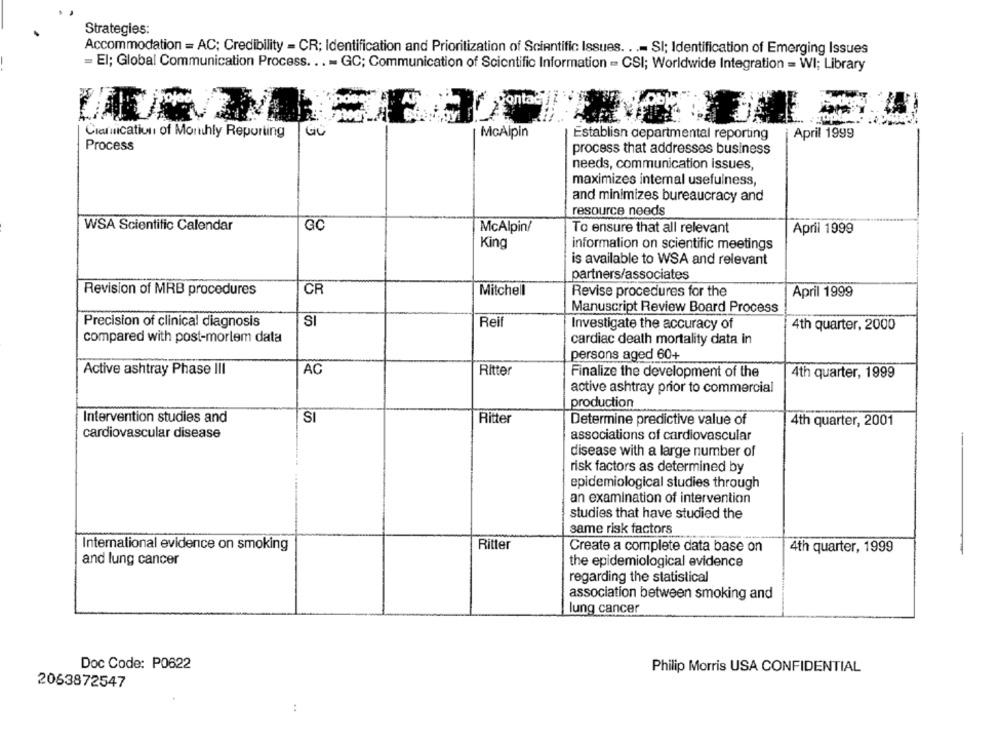
Strategies:
Accommodation = AC; Credibility = CR; Identification and Prioritization of Scientific Issues. ..- SI; Identification of Emerging Issues
= El; Global Communication Process ... - GC; Communication of Scientific Information - CSI; Worldwide Integration = WI; Library
ontac
Crafication of Monthly Reporting
GO
McAlpin
Establish departmental reporting
April 1999
Process
process that addresses business
needs, communication issues,
maximizes internal usefulness,
and minimizes bureaucracy and
resource needs
WSA Scientific Calendar
GC
McAlpin/
To ensure that all relevant
April 1999
King
information on scientific meetings
is available to WSA and relevant
partners/associates
Revision of MRB procedures
CR
Mitchell
Revise procedures for the
April 1999
Manuscript Review Board Process
Precision of clinical diagnosis
SI
Reif
Investigate the accuracy of
4th quarter, 2000
compared with post-mortem data
cardiac death mortality data in
persons aged 60+
Active ashtray Phase III
AC
Ritter
Finalize the development of the
4th quarter, 1999
active ashtray prior to commercial
production
Intervention studies and
SI
Ritter
Determine predictive value of
4th quarter, 2001
cardiovascular disease
associations of cardiovascular
disease with a large number of
risk factors as determined by
epidemiological studies through
an examination of intervention
studies that have studied the
same risk factors
International evidence on smoking
Ritter
Create a complete data base on
4th quarter, 1999
and lung cancer
the epidemiological evidence
regarding the statistical
association between smoking and
lung cancer
Doc Code: P0622
Philip Morris USA CONFIDENTIAL
2063872547
: